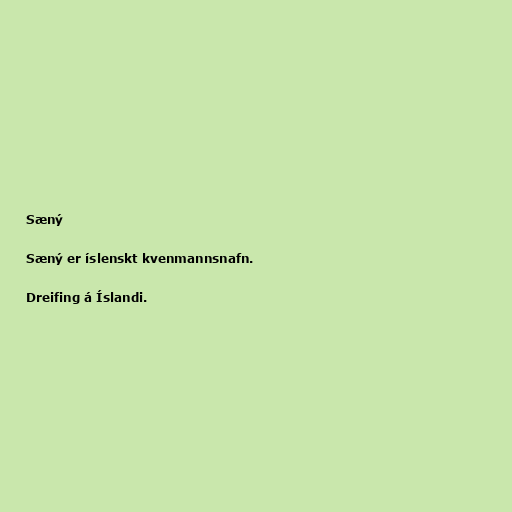
Sæný

Sæný er íslenskt kvenmannsnafn.

Dreifing á Íslandi.